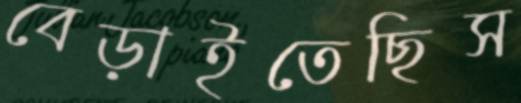
বেড়াইতেছিস